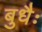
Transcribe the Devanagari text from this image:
बुधैः